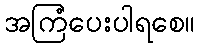
အကြံပေးပါရစေ။